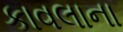
કાવલાના